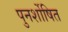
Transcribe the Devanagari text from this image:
पुनर्शोषित